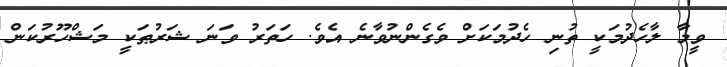
ވީމާ ލާހެދުމަކީ ތުނި ހެދުމަކަށް ވެގެންނުވާނެ އެވެ. ހަތަރު ވަނަ ޝަރުޠަކީ މަޝްހޫރުކަން